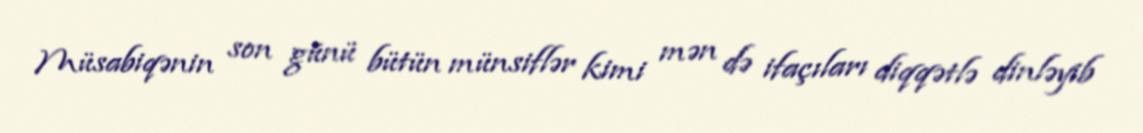
Müsabiqənin son günü bütün münsiflər kimi mən də ifaçıları diqqətlə dinləyib